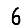
Digit: 6